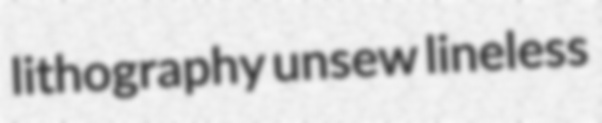
lithography unsew lineless